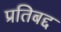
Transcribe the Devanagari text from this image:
प्रतिबद्द